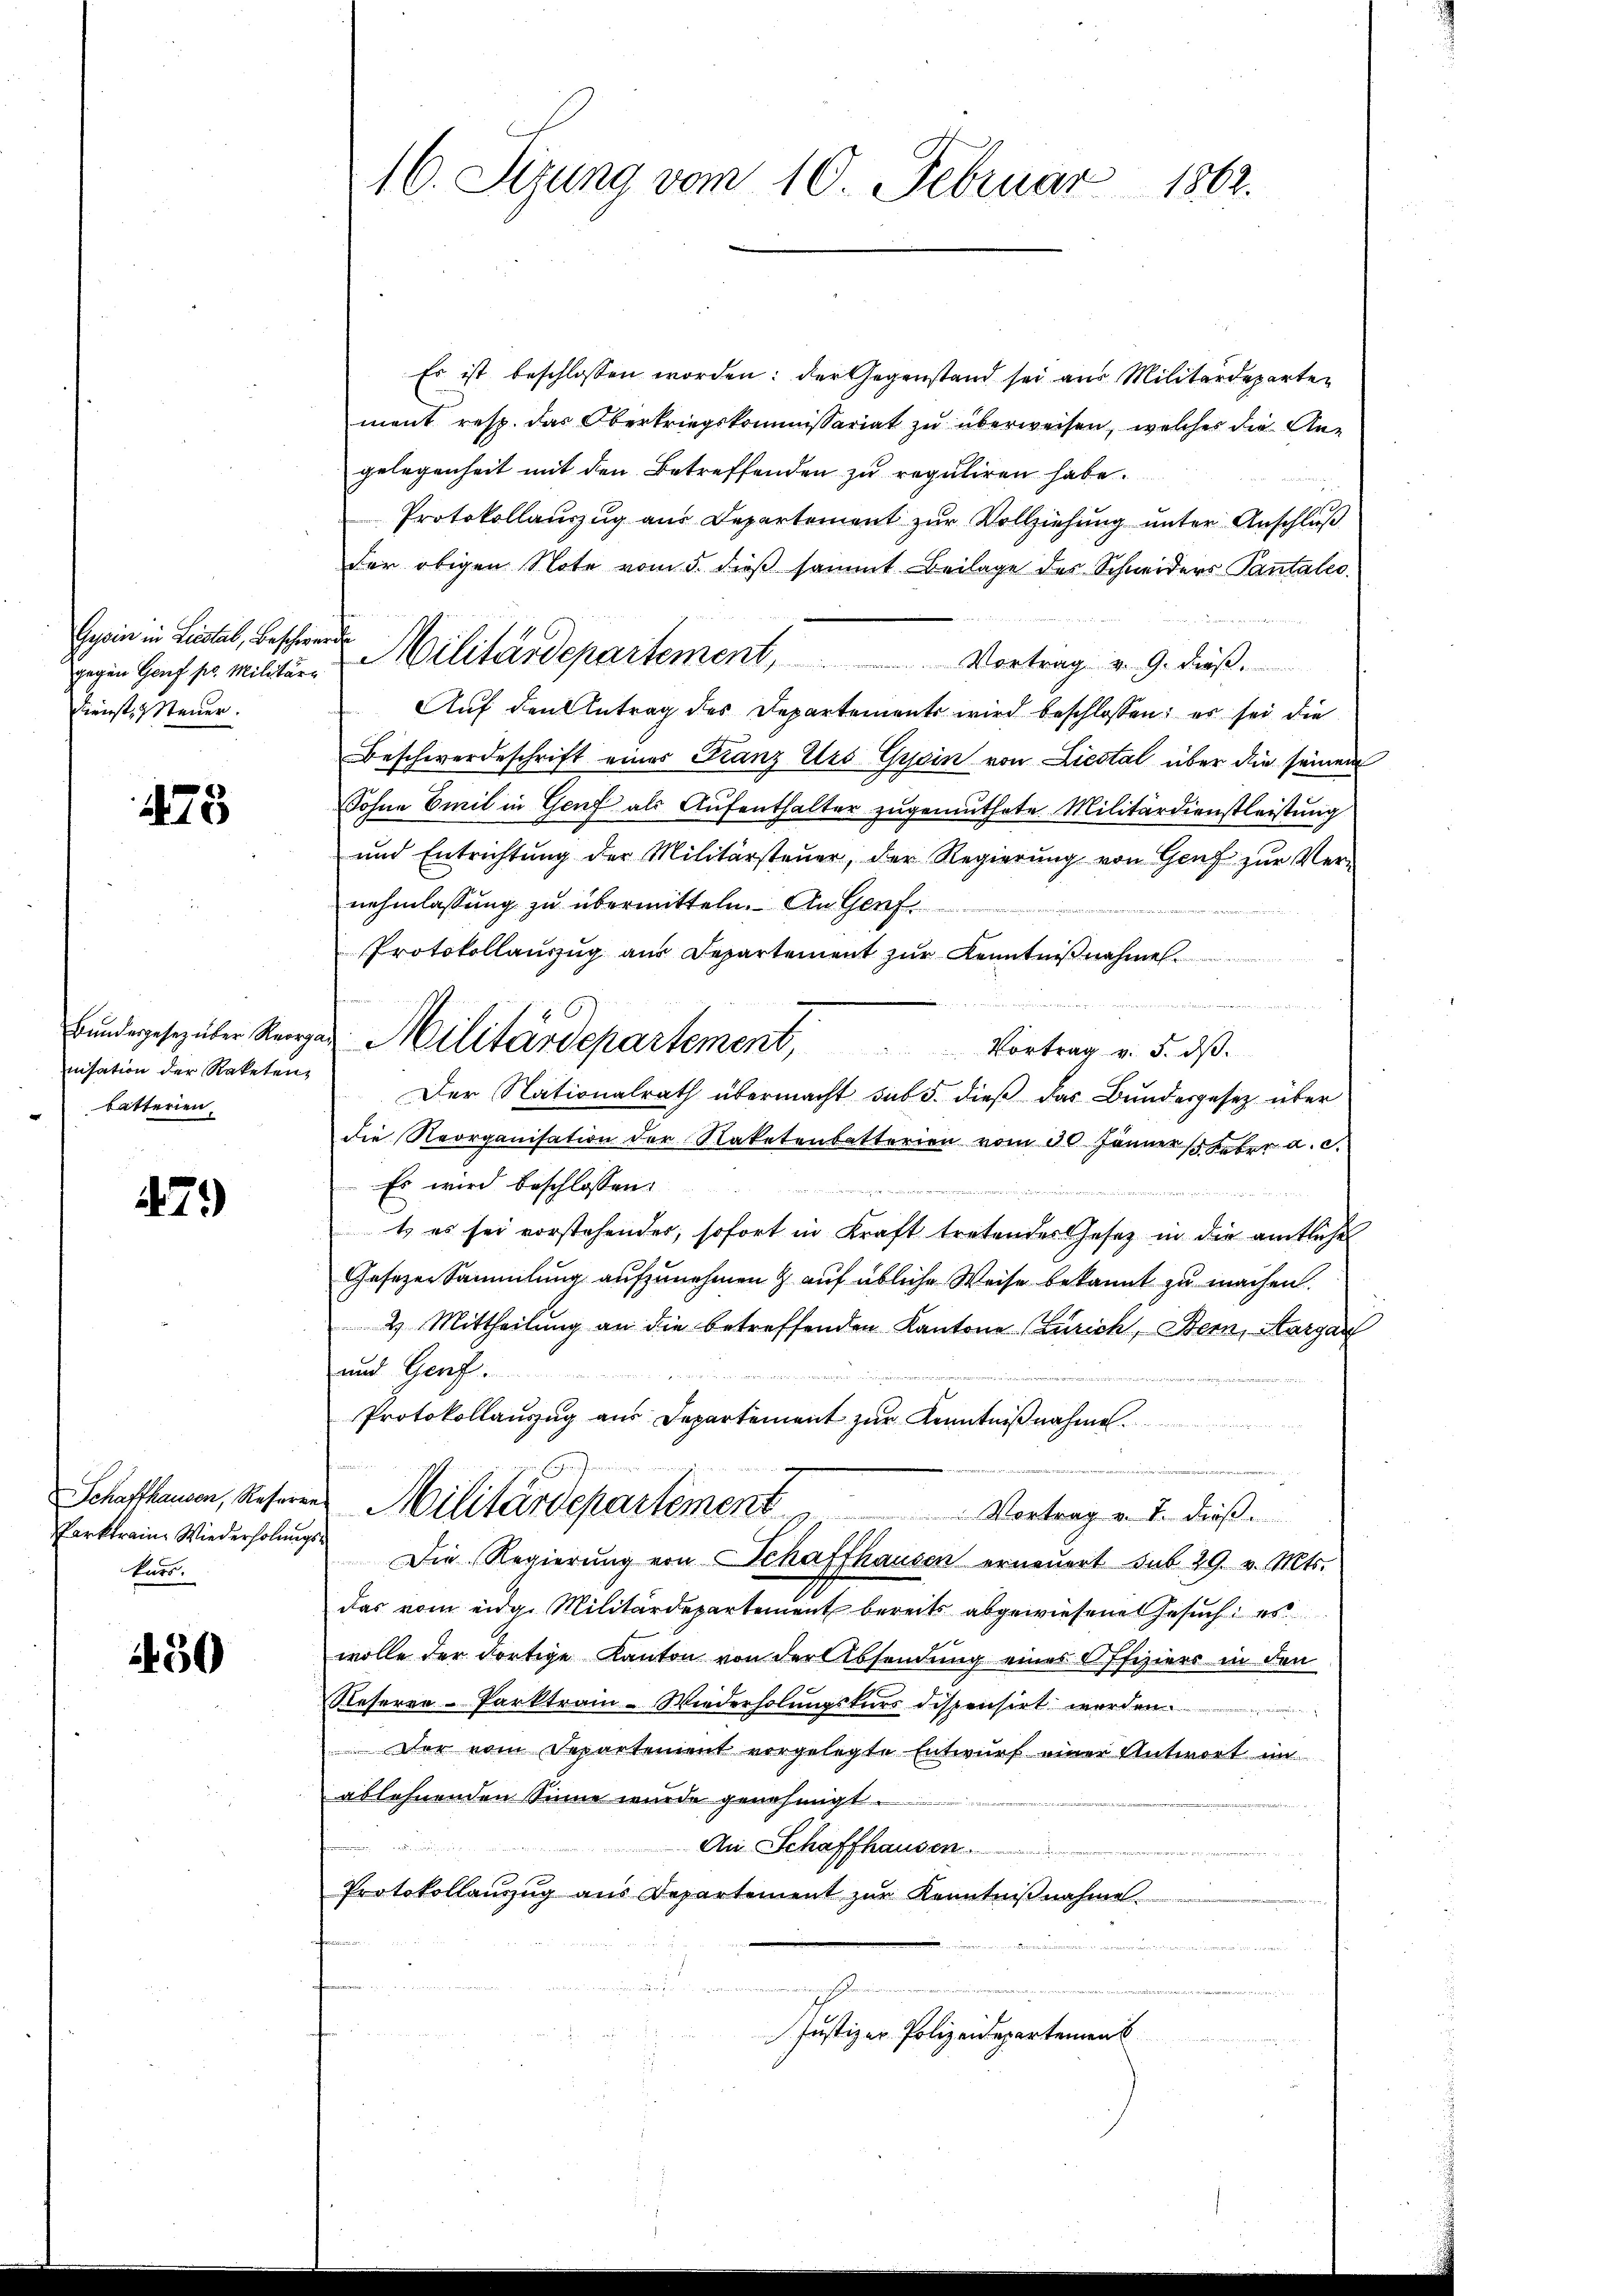
Gysein in Leistal, Beschwerden
Dienst- & Steuer.

475

nisation der Raketen,
bätterien.

47.)

Parktrain Wiederholungskars.

450

Es ist beschlossen worden: der Gegenstand sei aus Militärdeparten
ment resp. das Oberkriegskommissariat zu überweisen, welches die Angelegenheit mit den Betreffenden zu reguliren habe.
Protokollanzug aus Departement zur Vollziehung unter Anschluß
der obigen Note vom 5. dieß sammt Beilage des Schneiders Pantales.
gegen Hanf pr. Militen Militärdepartement, Vortrag v. 9. dieß.
Auf den Antrag des Departements wird beschlossen: es sei die
Beschwerdeschrift eines Franz Urs Gysin von Liestal über die seinem
Sohne Emil in Genf als Aufenthalter zugemuthete Militärdienstleistung
und Entrichtŭng der Militärsteŭer, der Regierŭng von Genf zŭr Ver-
nehmlassung zu übermitteln. An Genf
Protokollauszug aus Departement zur Kenntnißnahme
Bundeges über Regen Militärdepartement, Vortrag v. 5. dß.
Der Nationalrath übermacht sub 5. dieß das Bundesgesetz über
die Reorganisation der Naketenbatterien vom 30. Jänner Feber a. c.
Es wird beschlossen:
t es sei vorstehender, sofort in Kraft tretendes Gesetz in die amtliche
Gesezen Sammlung aufzunehmen & auf übliche Weise bekannt zu machen.
2. Mittheilŭng an die betreffenden Kantone (Zürich, Bern, Aargar
und Gorf.
Protokollauszug aus Departement zur Kenntnißnahmen.
i
Schaffhausen, Referen Militärdepartement
Vortrag v. J. dieß.
Die Regierung von Schaffhausen erneuert sub 29. v. Mts.
das vom eidg. Militärdepartement bereits abgewiesene Gesuch: es
wolle der dortige Kanton von der Absendung eines Offiziers in den
Reseren-Parktrain-Wiederholŭngskurs dispensirt werden.
Der vom Departement vorgelegte Entwurf einer Antwort im
ablehnenden Sinne wurde genehmigt.
An Schaffhausen
Protokollanzŭg aŭs Departement zŭr Kenntniβnahme.

u
1
ung
Justiz er Polizeidepartement

16. Sizung vom 10. Februar 1862.